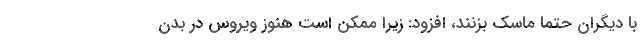
با دیگران حتما ماسک بزنند، افزود: زیرا ممکن است هنوز ویروس در بدن